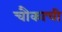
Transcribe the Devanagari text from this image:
चौकाची